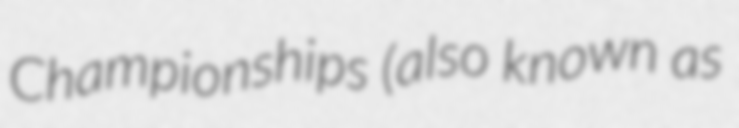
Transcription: Championships (also known as